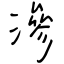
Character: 滲